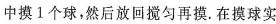
中摸1个球，然后放回搅匀再摸。在摸球实